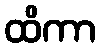
ထိကာ